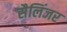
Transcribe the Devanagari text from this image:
सैलिंजर